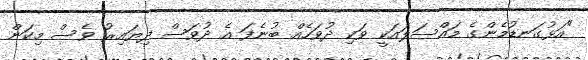
"އަޅުގަނޑުމެންގެ މައްސަލައަކީ ވަކި ދުވަހެއް ބުނެފަ އެ ދުވަސް ދިޔައިރު ވެސް މިކަން